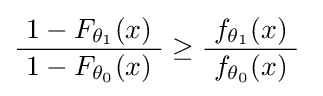
{\frac {1-F_{\theta _{1}}(x)}{\ 1-F_{\theta _{0}}(x)\ }}\geq {\frac {f_{\theta _{1}}(x)}{\ f_{\theta _{0}}(x)\ }}\